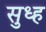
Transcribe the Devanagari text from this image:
सुध्ह